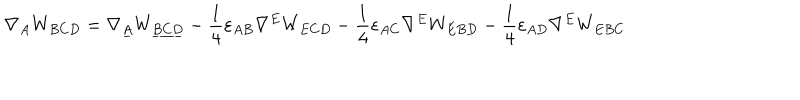
\nabla _ { A } W _ { B C D } = \nabla _ { \underline { { { A } } } } W _ { \underline { { { B C D } } } } - \frac { 1 } { 4 } \varepsilon _ { A B } \nabla ^ { E } W _ { E C D } - \frac { 1 } { 4 } \varepsilon _ { A C } \nabla ^ { E } W _ { E B D } - \frac { 1 } { 4 } \varepsilon _ { A D } \nabla ^ { E } W _ { E B C }